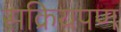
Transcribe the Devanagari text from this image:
सक्रियपण